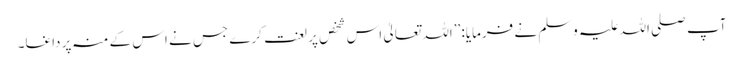
آپ صلی اللہ علیہ وسلم نے فرمایا: ’’اللہ تعالیٰ اس شخص پر لعنت کرے جس نے اس کے منہ پر داغا۔